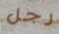
رجل